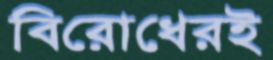
বিরোধেরই